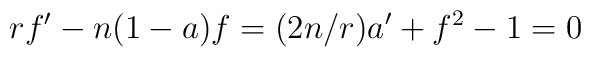
rf^ \prime - n (1-a) f = (2n/r) a ^ \prime + f^2 - 1 = 0